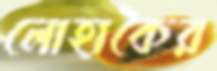
লোহাকৈর